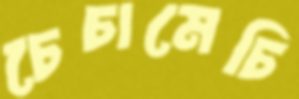
চেচামেচি